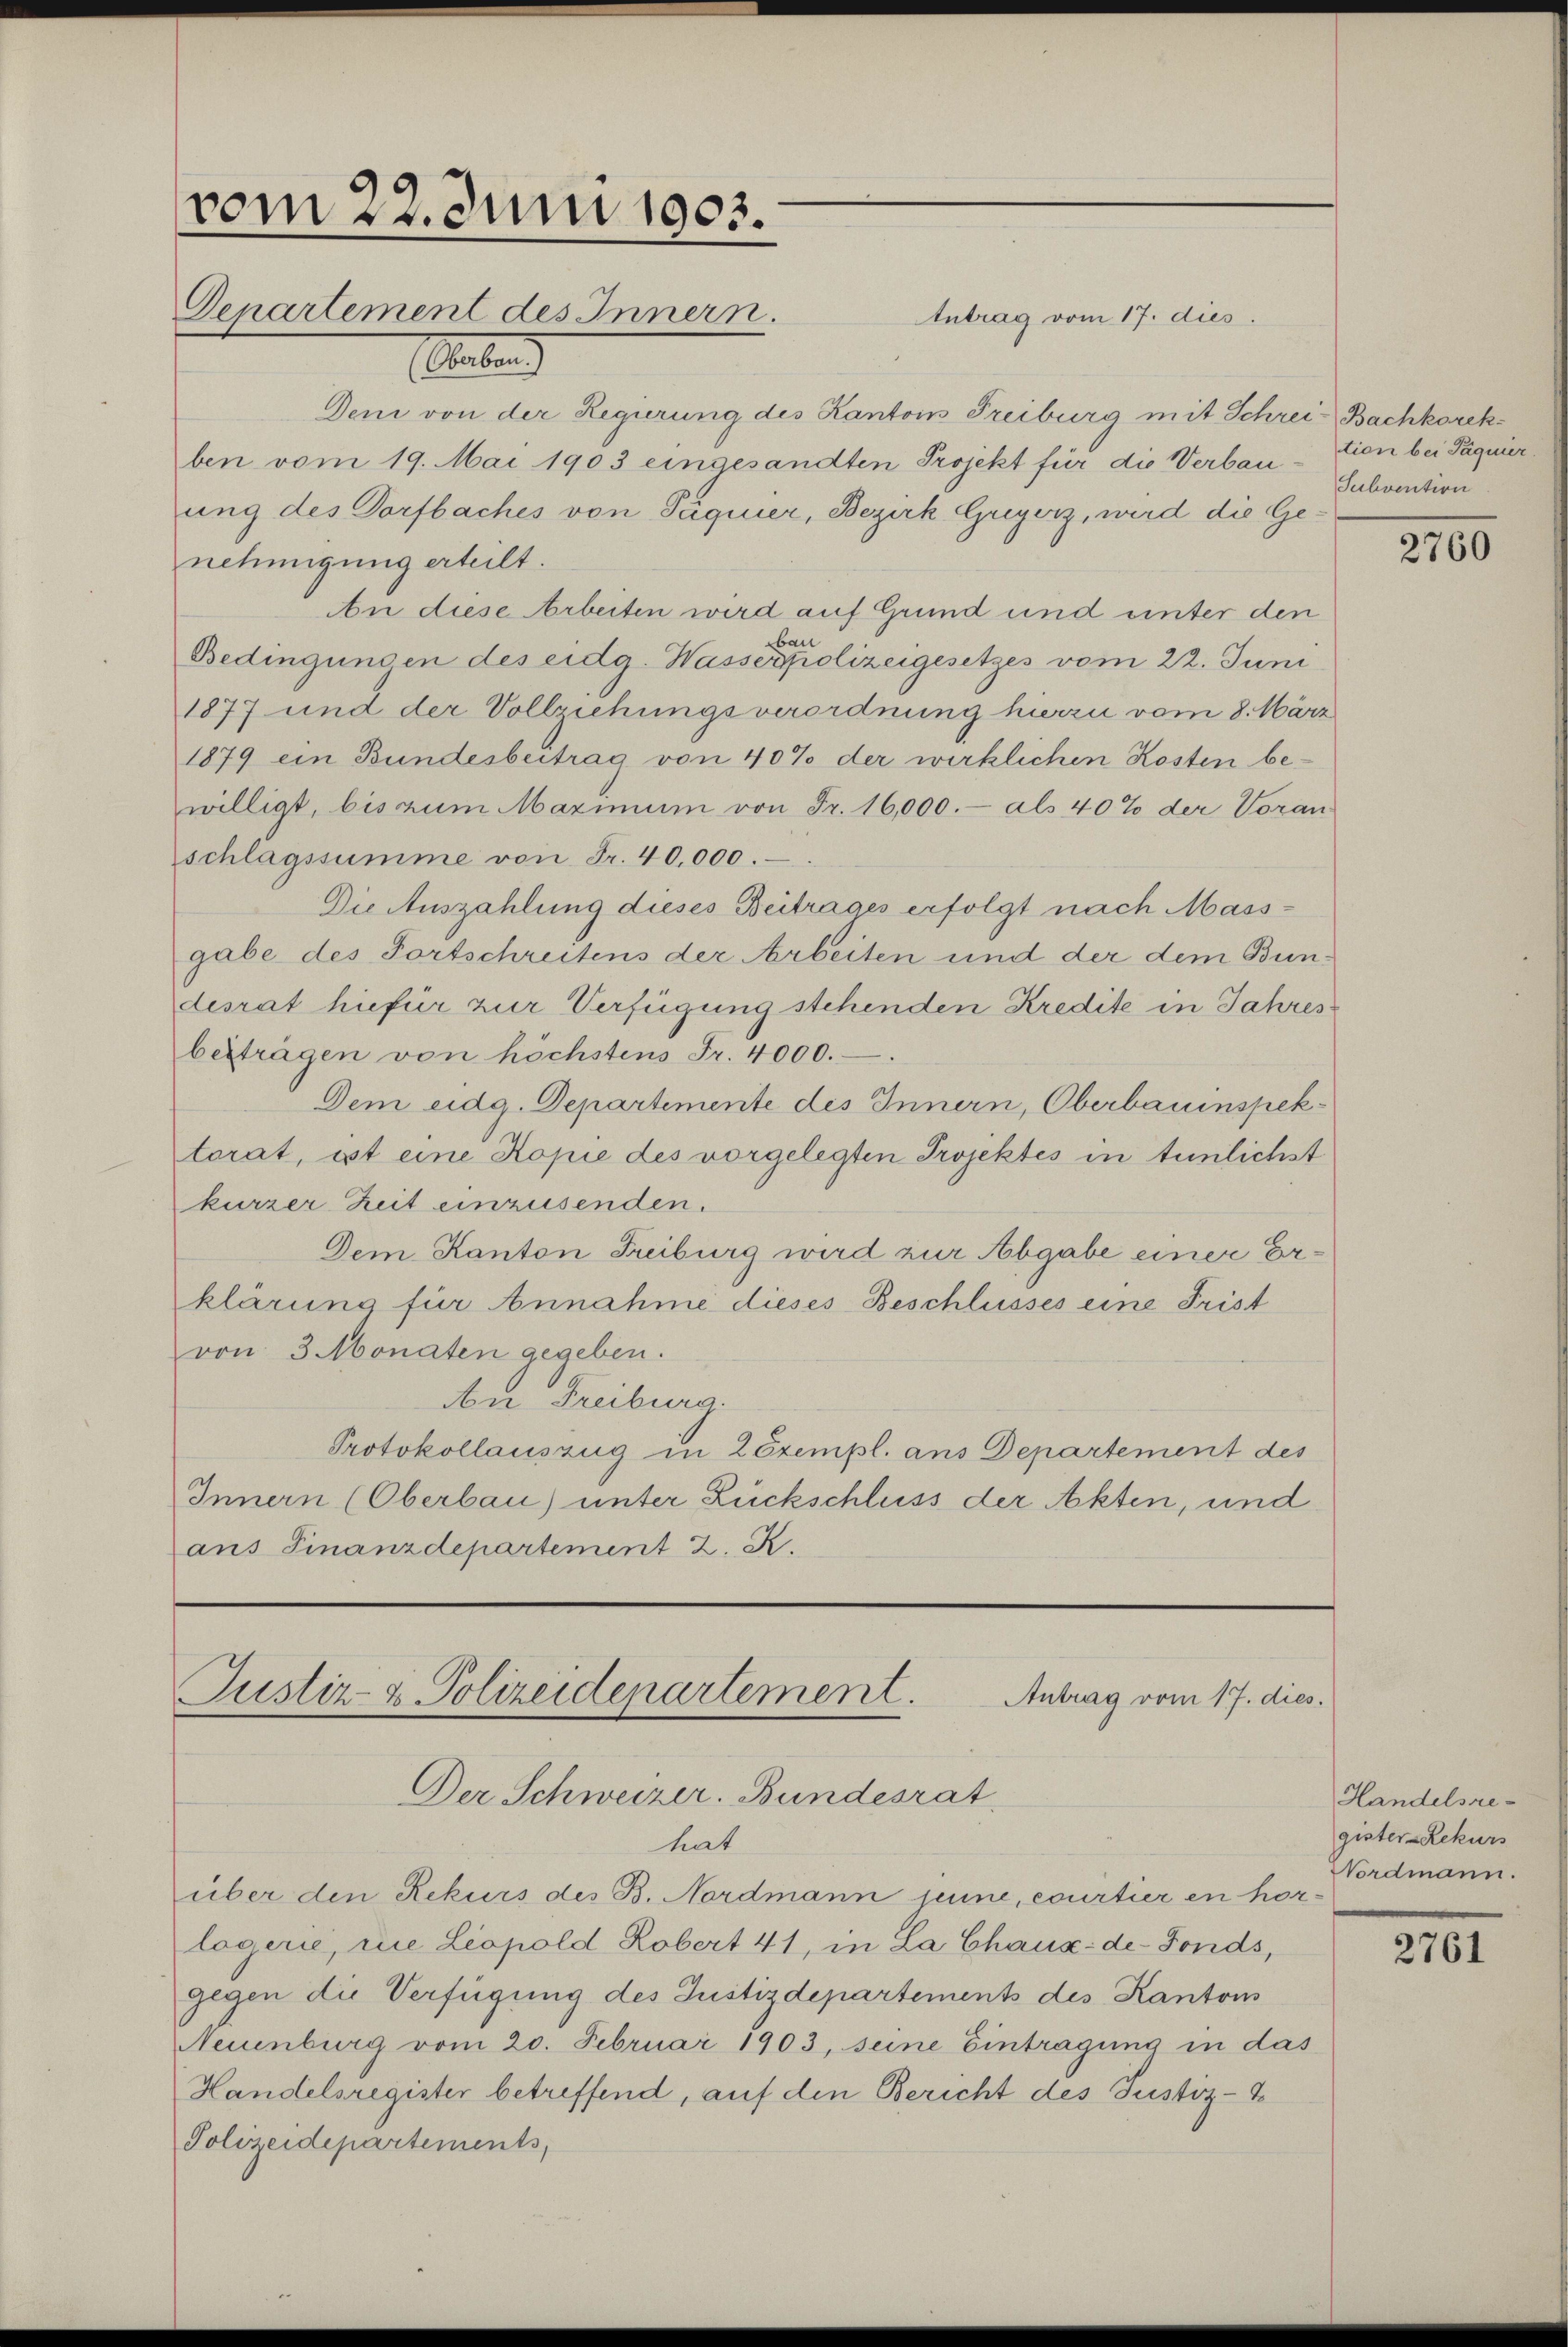
vom 22. Juni 1903.
Denartement des Innern.
Auten

Antrag vom 17. dies.
Den von der Regierung des Kantons Freiburg mit Schrei- Bachkorekben vom 19. Mai 1903 eingesandten Projekt für die Verbauung des Dorfbaches von Paquier, Bezirk Guyerz, wird die Genehmigung erteilt.
An diese Arbeiten wird auf Grund und unter den
Bau
Bedingungen des eidg. Wasserpolizeigesetzes vom 22. Juni
1877 und der Vollziehungsverordnung hierzu vom 8. März
1879 ein Bundesbeitrag von 40% der wirklichen Kosten bewilligt, bis zum Maximum von Fr. 16,000.- als 40% der Voran
schlagssumme von Fr. 40,000.
Die Auszahlung dieses Beitrages erfolgt nach Mass-
gabe des Fortschreitens der Arbeiten und der dem Bundesrat hiefür zur Verfügung stehenden Kredite in Jahres
besträgen von höchstens Fr. 4000.
Dem eidg. Departemente des Innern, Oberbauinspektorat, ist eine Kopie des vorgelegten Projektes in tunlichst
kurzer Zeit einzusenden.
Dem Kanton Freiburg wird zur Abgabe einer Erklärung für Annahme dieses Beschlusses eine Frist
von 3 Monaten gegeben.
An Freiburg.
Protokollauszug in Zexempl. ans Departement des
Innern (Oberbau) unter Zuckschluss der Akten, und
aus Finanzdepartement 2. R.

Justiz- u. Polizeidepartement.
Antrag vom 17. dies.
Der Schweizer. Bundesrat

hat
über den Rekurs des B. Nordmann jene, courtier en horlogerie, die Leopold Lobert 41, in La Chaux-de-Fonds,
gegen die Verfügung des Justizdepartements des Kantons
Neuenburg vom 20. Februar 1903, seine Eintragung in das
Handelsregister betreffend, auf den Bericht des Justiz-
Polizeidepartements,

tion bei Paquier
Subvention

2760

Handelsregister Rekurs
Nordmann.

2761